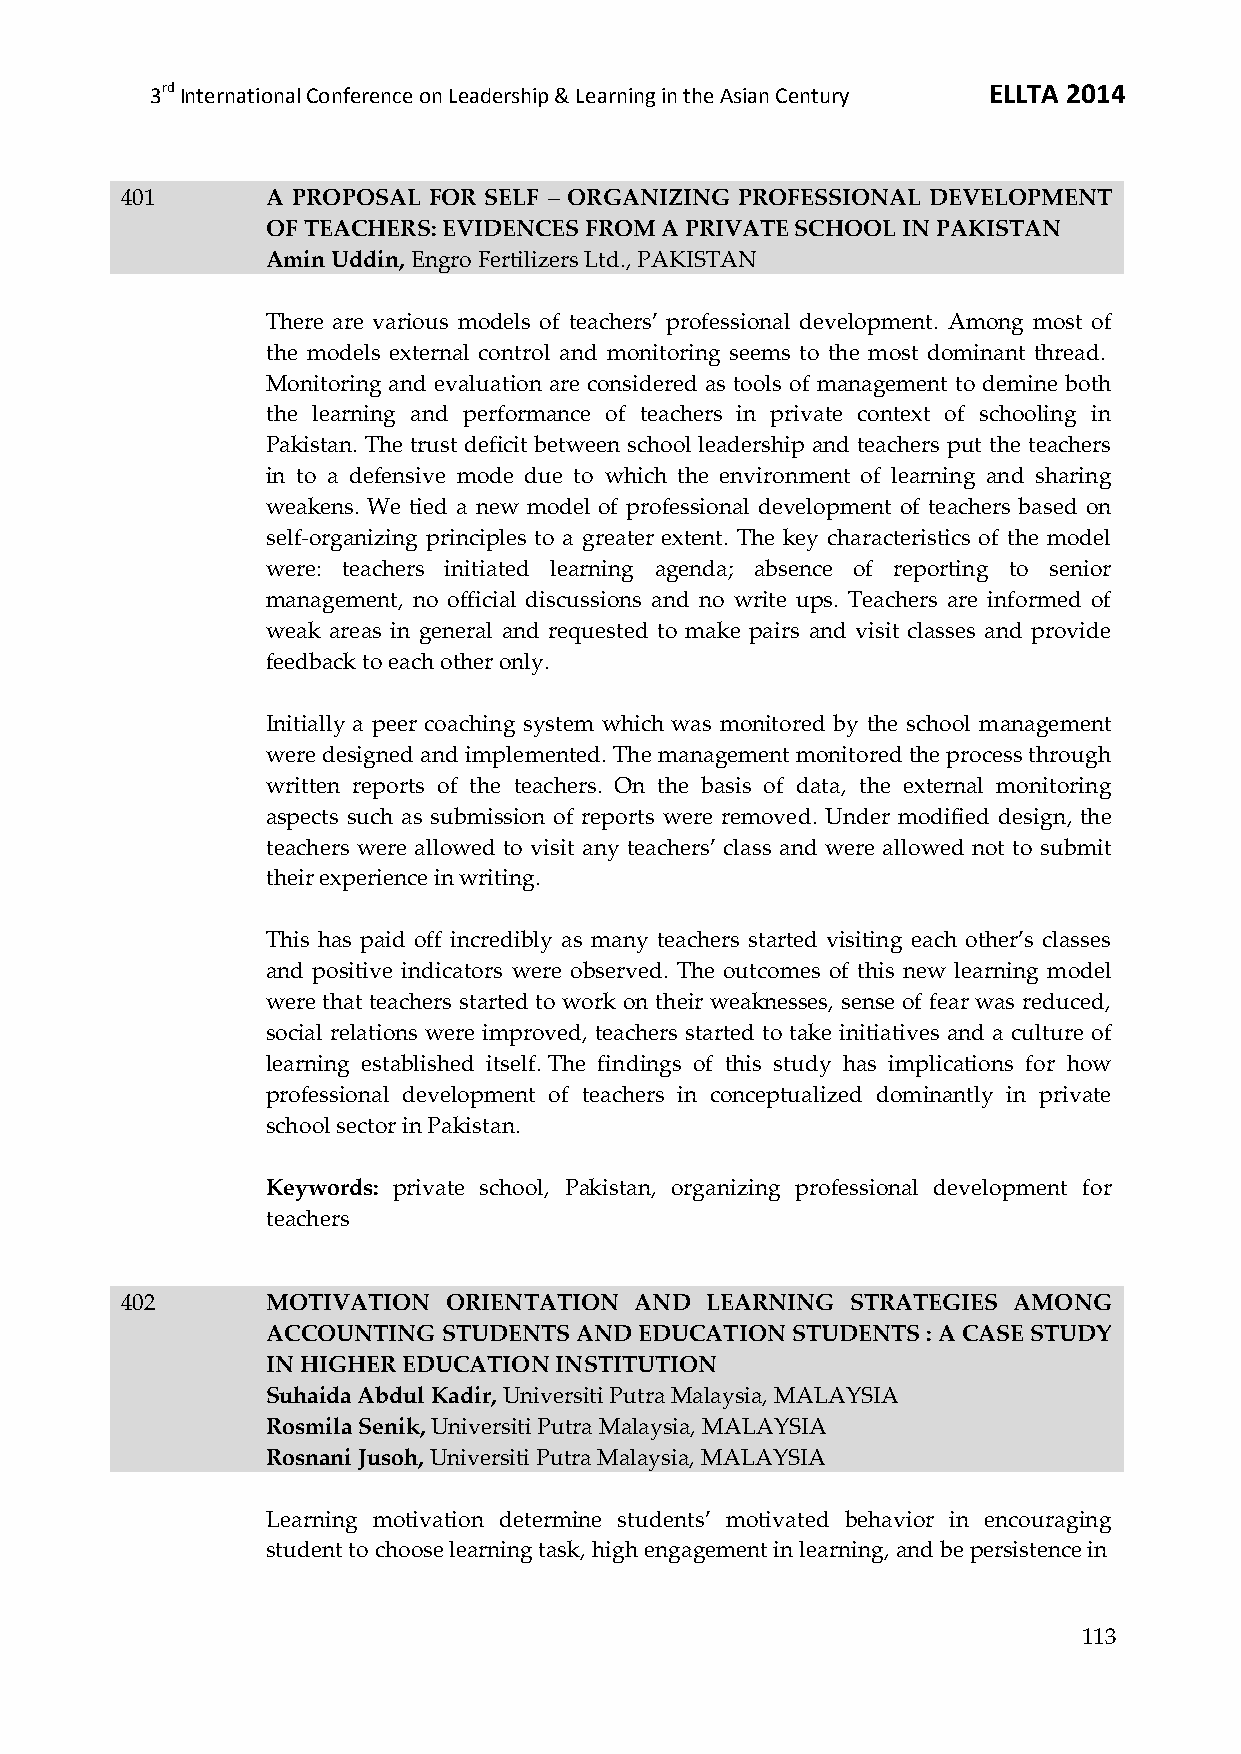
3rd International Conference on Leadership & Learning in the Asian Century ELLTA 2014
 401       A PROPOSAL FOR SELF – ORGANIZING PROFESSIONAL DEVELOPMENT
 OF TEACHERS: EVIDENCES FROM A PRIVATE SCHOOL IN PAKISTAN
 Amin Uddin, Engro Fertilizers Ltd., PAKISTAN
 There are various models of teachers’ professional development. Among most of
 the models external control and monitoring seems to the most dominant thread.
 Monitoring and evaluation are considered as tools of management to demine both
 the learning and performance of teachers in private context of schooling in
 Pakistan. The trust deficit between school leadership and teachers put the teachers
 in to a defensive mode due to which the environment of learning and sharing
 weakens. We tied a new model of professional development of teachers based on
 self-organizing principles to a greater extent. The key characteristics of the model
 were: teachers initiated learning agenda; absence of reporting to senior
 management, no official discussions and no write ups. Teachers are informed of
 weak areas in general and requested to make pairs and visit classes and provide
 feedback to each other only.
 Initially a peer coaching system which was monitored by the school management
 were designed and implemented. The management monitored the process through
 written reports of the teachers. On the basis of data, the external monitoring
 aspects such as submission of reports were removed. Under modified design, the
 teachers were allowed to visit any teachers’ class and were allowed not to submit
 their experience in writing.
 This has paid off incredibly as many teachers started visiting each other’s classes
 and positive indicators were observed. The outcomes of this new learning model
 were that teachers started to work on their weaknesses, sense of fear was reduced,
 social relations were improved, teachers started to take initiatives and a culture of
 learning established itself. The findings of this study has implications for how
 professional development of teachers in conceptualized dominantly in private
 school sector in Pakistan.
 Keywords: private school, Pakistan, organizing professional development for
 teachers
 402       MOTIVATION  ORIENTATION AND  LEARNING STRATEGIES AMONG
 ACCOUNTING STUDENTS AND EDUCATION STUDENTS : A CASE STUDY
 IN HIGHER EDUCATION INSTITUTION
 Suhaida Abdul Kadir, Universiti Putra Malaysia, MALAYSIA
 Rosmila Senik, Universiti Putra Malaysia, MALAYSIA
 Rosnani Jusoh, Universiti Putra Malaysia, MALAYSIA
 Learning motivation determine students’ motivated behavior in encouraging
 student to choose learning task, high engagement in learning, and be persistence in
 113